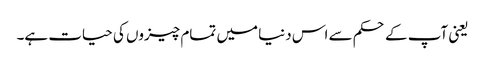
یعنی آپ کے حکم سے اس دنیا میں تمام چیزوں کی حیات ہے۔